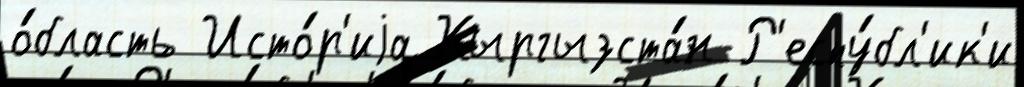
о́бласть Исто́р'иjа Кыргызста́н Р'еспу́бл'ик'и